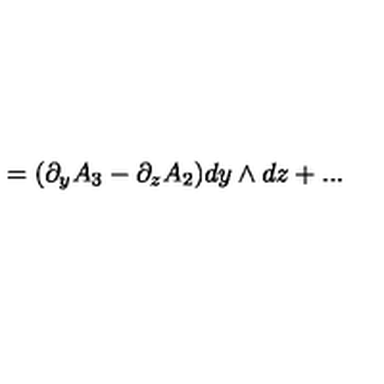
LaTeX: = ( \partial _ { y } A _ { 3 } - \partial _ { z } A _ { 2 } ) d y \wedge d z + . . .